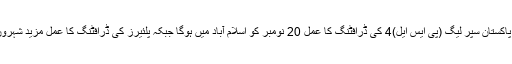
تفصیلات کے مطابق پاکستان سپر لیگ (پی ایس ایل)4 کی ڈرافٹنگ کا عمل 20 نومبر کو اسلام آباد میں ہوگا جبکہ پلئیرز کی ڈرافٹنگ کا عمل مزید شہروں تک پھلایا جائے گا۔